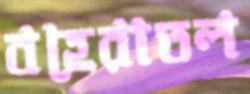
বহেরাতল